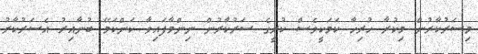
މިސަރުކާރުން މިކުރާ ހުރިހާ ކަމަކީވެސް ކުރީގެ ސަރުކާރުން ނިންމާފައިވާ ކަންކަމޭ ބުނާއިރު އެސަރުކާރު